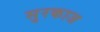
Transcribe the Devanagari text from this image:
सुरकाज